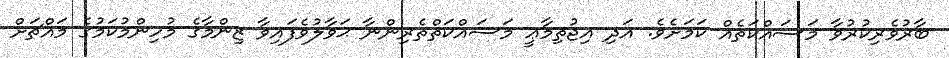
ބާރުވެރިކުރުވާ މަސައްކަތެއް ކަމަށެވެ. އަދި އިޖުތިމާޢީ މަސައްކަތްތެރިންނާ ޙަވާލުވެފައިވާ ޒިންމާގެ މުހިންމުކަމުގެ މައްޗަށް